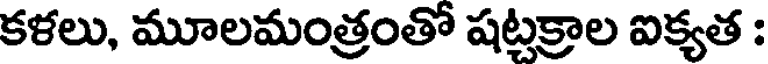
కళలు, మూలమంత్రంతో షట్టక్రాల ఐక్యత :